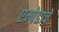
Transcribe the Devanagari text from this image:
एम्पेडाचे